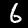
Label: 6